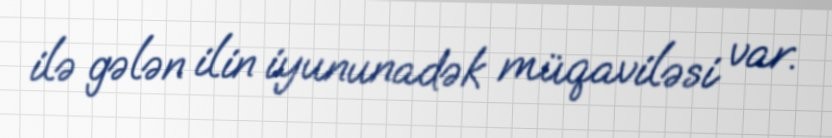
ilə gələn ilin iyununadək müqaviləsi var.